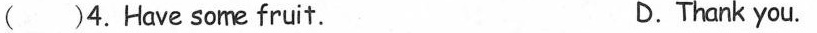
( )4.Have some fruit. D.Thank you.